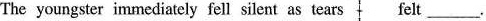
The youngster immediately fell silent as tears felt___.